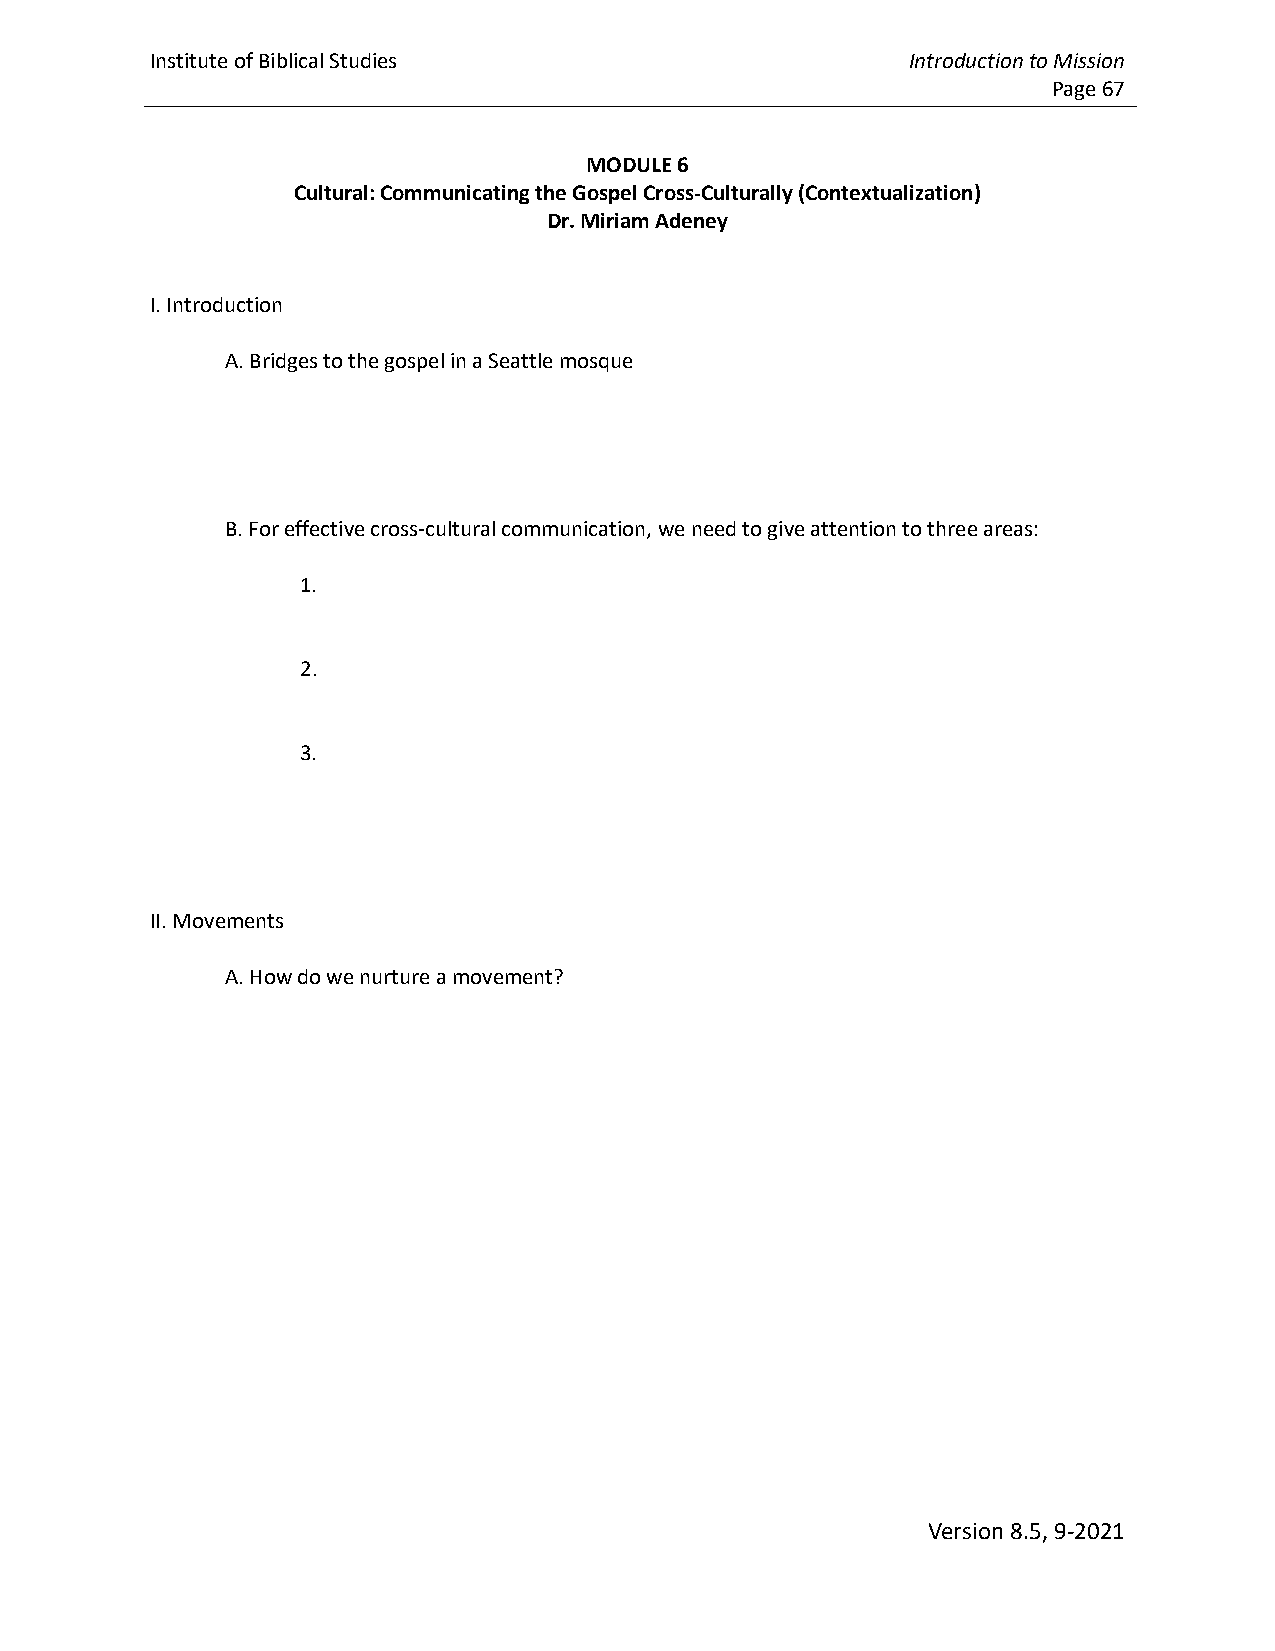
Institute of Biblical Studies                     Introduction to Mission
 Page 67
 MODULE 6
 Cultural: Communicating the Gospel Cross-Culturally (Contextualization)
 Dr. Miriam Adeney
 I. Introduction
 A. Bridges to the gospel in a Seattle mosque
 B. For effective cross-cultural communication, we need to give attention to three areas:
 1.
 2.
 3.
 II. Movements
 A. How do we nurture a movement?
 Version 8.5, 9-2021